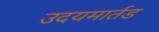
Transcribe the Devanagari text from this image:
उदयमार्तड